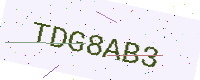
Text: TDG8AB3